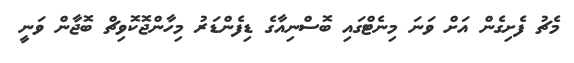
މެޗު ފެށިގެން އަށް ވަނަ މިނެޓްގައި ބޮސްނިއާގެ ޑިފެންޑަރު މިހާންޖޮކޮވިޗް ބޮޖާން ވަނީ